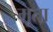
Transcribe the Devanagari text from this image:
मूता